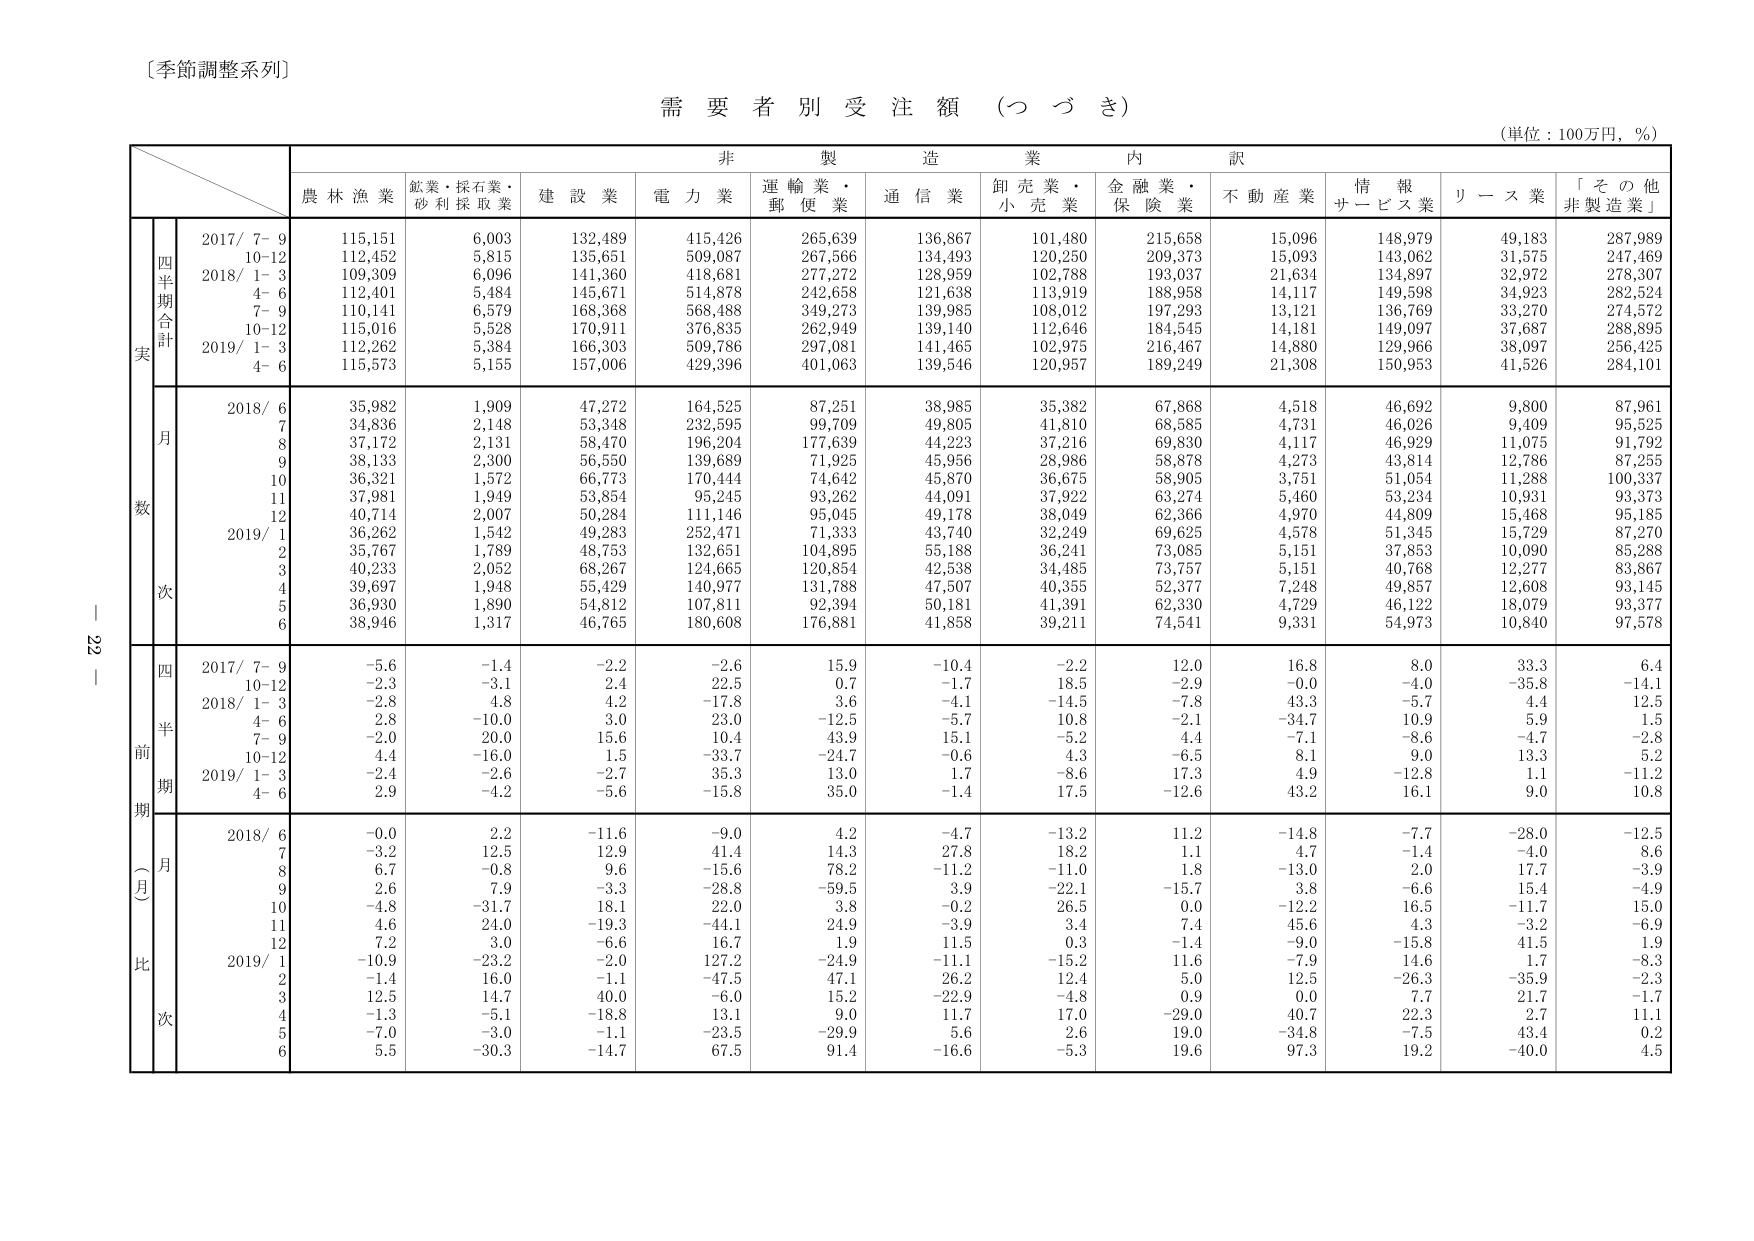
〔季節調整系列〕

需要者別受注額（つづき）

（単位：100万円，％）

非製造業内訳

農林漁業　鉱業・採石業・砂利採取業　建設業　電力業　運輸業・郵便業　通信業　卸売業・小売業　金融業・保険業　不動産業　情報サービス業　リース業　「その他非製造業」

実数

四半期合計

2017/ 7–9　115,151　6,003　132,489　415,426　265,639　136,867　101,480　215,658　15,096　148,979　49,183　287,989
10–12　112,452　5,815　135,651　509,087　267,566　134,493　120,250　209,373　15,093　143,062　31,575　247,469
2018/ 1–3　109,309　6,096　141,360　418,681　277,272　128,959　102,788　193,037　21,634　134,897　32,972　278,307
4–6　112,401　5,484　145,671　514,878　242,658　121,638　113,919　188,958　14,117　149,598　34,923　282,524
7–9　110,141　6,579　168,368　568,488　349,273　139,985　108,012　197,293　13,121　136,769　33,270　274,572
10–12　115,016　5,528　170,911　376,835　262,949　139,140　112,646　184,545　14,181　149,097　37,687　288,895
2019/ 1–3　112,262　5,384　166,303　509,786　297,081　141,465　102,975　216,467　14,880　129,966　38,097　256,425
4–6　115,573　5,155　157,006　429,396　401,063　139,546　120,957　189,249　21,308　150,953　41,526　284,101

月次

2018/ 6　35,982　1,909　47,272　164,525　87,251　38,985　35,382　67,868　4,518　46,692　9,800　87,961
7　34,836　2,148　53,348　232,595　99,709　49,805　41,810　68,585　4,731　46,026　9,409　95,525
8　37,172　2,131　58,470　196,204　177,639　44,223　37,216　69,830　4,117　46,929　11,075　91,792
9　38,133　2,300　56,550　139,689　71,925　45,956　28,986　58,878　4,273　43,814　12,786　87,255
10　36,321　1,572　66,773　170,444　74,642　45,870　36,675　58,905　3,751　51,054　11,288　100,337
11　37,981　1,949　53,854　95,245　93,262　44,091　37,922　63,274　5,460　53,234　10,931　93,373
12　40,714　2,007　50,284　111,146　95,045　49,178　38,049　62,366　4,970　44,809　15,468　95,185
2019/ 1　36,262　1,542　49,283　252,471　71,333　43,740　32,249　69,625　4,578　51,345　15,729　87,270
2　35,767　1,789　48,753　132,651　104,895　55,188　36,241　73,085　5,151　37,853　10,090　85,288
3　40,233　2,052　68,267　124,665　120,854　42,538　34,485　73,757　5,151　40,768　12,277　83,867
4　39,697　1,948　55,429　140,977　131,788　47,507　40,355　52,377　7,248　49,857　12,608　93,145
5　36,930　1,890　54,812　107,811　92,394　50,181　41,391　62,330　4,729　46,122　18,079　93,377
6　38,946　1,317　46,765　180,608　176,881　41,858　39,211　74,541　9,331　54,973　10,840　97,578

前期（月）比

四半期

2017/ 7–9　−5.6　−1.4　−2.2　−2.6　15.9　−10.4　−2.2　12.0　16.8　8.0　33.3　6.4
10–12　−2.3　−3.1　2.4　22.5　0.7　−1.7　18.5　−2.9　−0.0　−4.0　−35.8　−14.1
2018/ 1–3　−2.8　4.8　4.2　−17.8　3.6　−4.1　−14.5　−7.8　43.3　−5.7　4.4　12.5
4–6　2.8　−10.0　3.0　23.0　−12.5　−5.7　10.8　−2.1　−34.7　10.9　5.9　1.5
7–9　−2.0　20.0　15.6　10.4　43.9　15.1　−5.2　4.4　−7.1　−8.6　−4.7　−2.8
10–12　4.4　−16.0　1.5　−33.7　−24.7　−0.6　4.3　−6.5　8.1　9.0　13.3　5.2
2019/ 1–3　−2.4　−2.6　−2.7　35.3　13.0　1.7　−8.6　17.3　4.9　−12.8　1.1　−11.2
4–6　2.9　−4.2　−5.6　−15.8　35.0　−1.4　17.5　−12.6　43.2　16.1　9.0　10.8

月次

2018/ 6　−0.0　2.2　−11.6　−9.0　4.2　−4.7　−13.2　11.2　−14.8　−7.7　−28.0　−12.5
7　−3.2　12.5　12.9　41.4　14.3　27.8　18.2　1.1　4.7　−1.4　−4.0　8.6
8　6.7　−0.8　9.6　−15.6　78.2　−11.2　−11.0　1.8　−13.0　2.0　17.7　−3.9
9　2.6　7.9　−3.3　−28.8　−59.5　3.9　−22.1　−15.7　3.8　−6.6　15.4　−4.9
10　−4.8　−31.7　18.1　22.0　3.8　−0.2　26.5　0.0　−12.2　16.5　−11.7　15.0
11　4.6　24.0　−19.3　−44.1　24.9　−3.9　3.4　7.4　45.6　4.3　−3.2　−6.9
12　7.2　3.0　−6.6　16.7　1.9　11.5　0.3　−1.4　−9.0　−15.8　41.5　1.9
2019/ 1　−10.9　−23.2　−2.0　127.2　−24.9　−11.1　−15.2　11.6　−7.9　14.6　1.7　−8.3
2　−1.4　16.0　−1.1　−47.5　47.1　26.2　12.4　5.0　12.5　−26.3　−35.9　−2.3
3　12.5　14.7　40.0　−6.0　15.2　−22.9　−4.8　0.9　0.0　7.7　21.7　−1.7
4　−1.3　−5.1　−18.8　13.1　9.0　11.7　17.0　−29.0　40.7　22.3　2.7　11.1
5　−7.0　−3.0　−1.1　−23.5　−29.9　5.6　2.6　19.0　−34.8　−7.5　43.4　0.2
6　5.5　−30.3　−14.7　67.5　91.4　−16.6　−5.3　19.6　97.3　19.2　−40.0　4.5

221